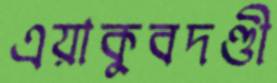
এয়াকুবদণ্ডী